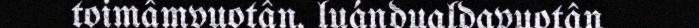
toimâmvuotân, luándualdavuotân